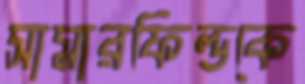
সামারফিল্ডকে